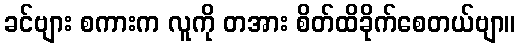
ခင်ဗျား စကားက လူကို တအား စိတ်ထိခိုက်စေတယ်ဗျာ။